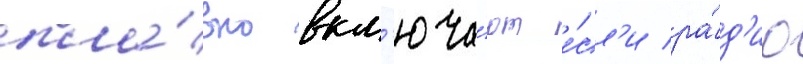
пла́вно вкл'юча́ют е́сл'и ра́д'ио